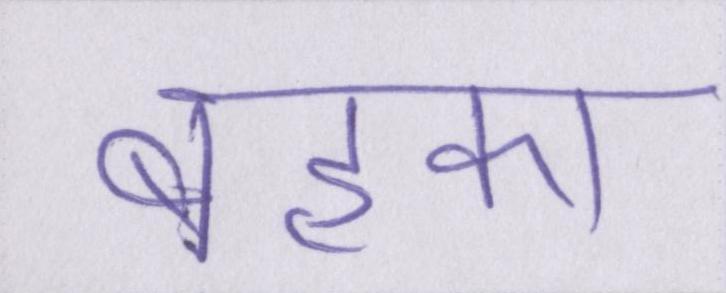
बहका